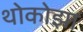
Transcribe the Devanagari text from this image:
थोकोझा